Mental hospitals Bombay report 1921-28 - 1921-1928
Year: 1921
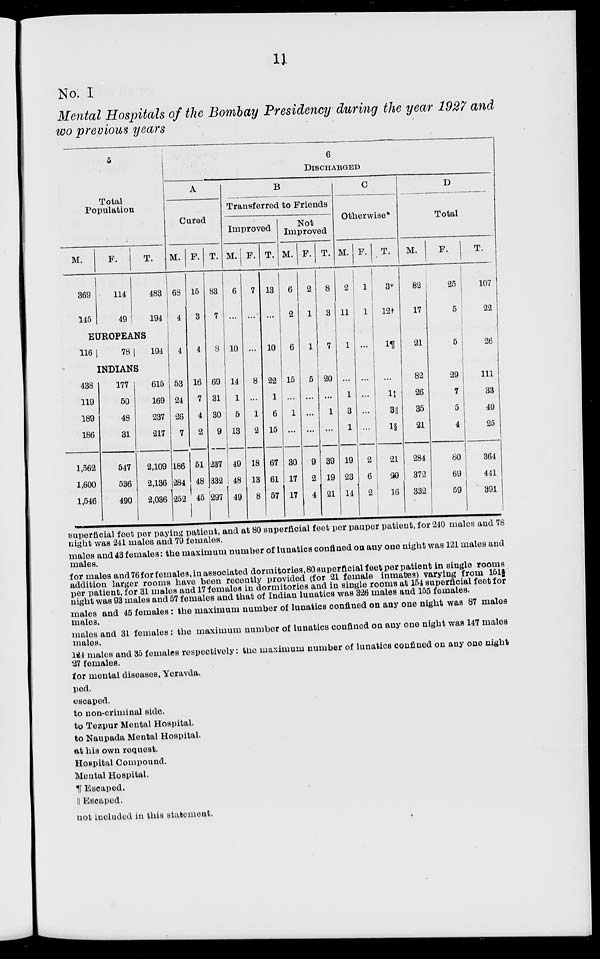
11
No. I
Mental Hospitals of the Bombay Presidency during the year 1927 and
wo previous years
5
Total
Population
M.
369
145
F.
114
49
T.
483
194
EUROPEANS
116
78
194
INDIANS
438
119
189
186
1,562
1,600
1,546
177
50
48
31
547
536
490
615
169
237
217
2,109
2,136
2,036
6
DISCHARGED
A
Cured
M.
68
4
4
53
24
26
7
186
284
252
F.
15
3
4
16
7
4
2
51
48
45
T.
83
7
8
69
31
30
9
237
332
297
B
Transferred to Friends
Improved
M.
6
...
10
14
1
5
13
49
48
49
F.
7
...
...
8
...
1
2
18
13
8
T.
13
...
10
22
1
6
15
67
61
57
Not
Improved
M.
6
2
6
15
...
1
...
30
17
17
F.
2
1
1
5
...
...
...
9
2
4
T.
8
3
7
20
...
1
...
39
19
21
C
Otherwise*
M.
2
11
1
...
1
3
1
19
23
14
F.
1
1
...
...
...
...
...
2
6
2
T.
3*
12†
1¶
...
1‡
3||
1§
21
29
16
D
Total
M.
82
17
21
82
26
35
21
284
372
332
F.
25
5
5
29
7
5
4
80
69
59
T.
107
22
26
111
33
40
25
364
441
391
superficial feet per paying patient, and at 80 superficial feet per pauper patient, for 240 males and 78
night was 241 males and 79 females.
males and 43 females : the maximum number of lunatics confined on any one night was 121 males and
males.
for males and 76 for females, in associated dormitories, 80 superficial feet per patient in single rooms
addition larger rooms have been recently provided (for 21 female inmates) varying from 151 f
per patient, for 31 males and 17 females in dormitories and in single rooms at 154 superficial feet for
night was 93 males and 57 females and that of Indian lunatics was 326 males and 155 females.
males and 45 females : the maximum number of lunatics confined on any one night was 87 males
males.
males and 31 females : the maximum number of lunatics confined on any one night was 147 males
males.
124 males and 35 females respectively: the maximum number of lunatics confined on any one night
27 females.
for mental diseases, Yeravda.
ped.
escaped.
to non-criminal side.
to Tezpur Mental Hospital.
to Naupada Mental Hospital.
at his own request.
Hospital Compound.
Mental Hospital.
¶ Escaped.
║ Escaped.
not included in this statement.